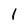
Character: 1